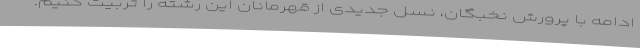
ادامه با پرورش نخبگان، نسل جدیدی از قهرمانان این رشته را تربیت کنیم.